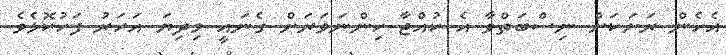
އެހެން ރަށަކަށް ނިސްބަތްވާ އެ ކުއްޖާ ހިންނަަވަރަށް ގެނައީ މިދިޔަ އަހަރު ފަހުކޮޅެވެ.